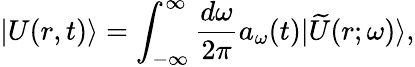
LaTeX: |U(r,t)\rangle=\int_{-\infty}^{\infty}\frac{d\omega}{2\pi}a_{\omega}(t)|\widetilde{U}(r;\omega)\rangle,